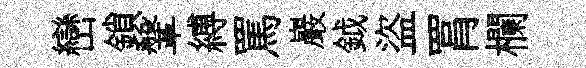
巒鎖鞶縛罵巖鉞盜罥欄